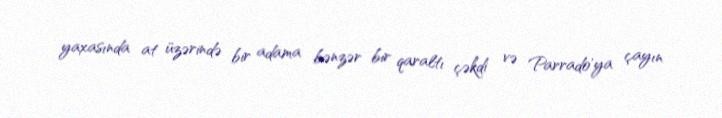
yaxasında at üzərində bir adama bənzər bir qaraltı çəkdi və Parrado'ya çayın